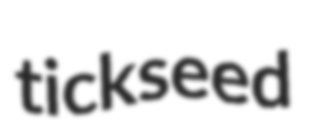
tickseed